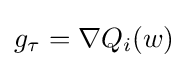
g_{\tau }=\nabla Q_{i}(w)